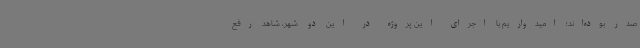
صدر بوده‌اند؛ امیدواریم با اجرای این پروژه در این دو شهر، شاهد رفع